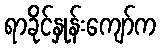
ရာခိုင်နှုန်းကျော်က